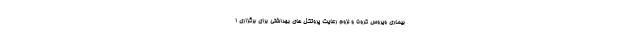
بیماری ویروس کرونا و لزوم رعایت پروتکل های بهداشتی برای برگزاری ا